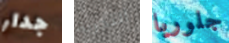
جدار التجربة جلوريا